Civil Veterinary Department Bihar & Orissa reports 1929-36 - 1929-1936
Year: 1929
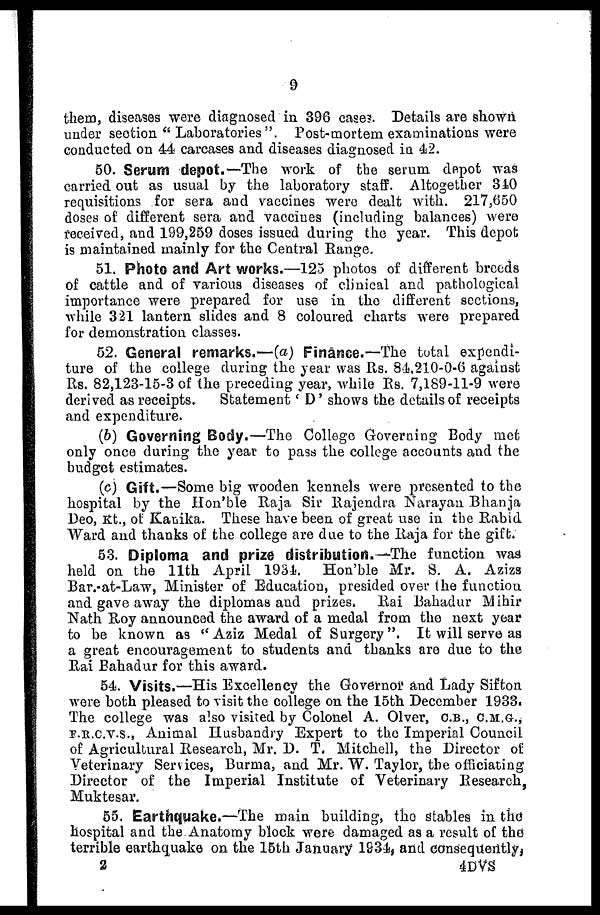
9
them, diseases were diagnosed in 396 cases. Details are shown
under section "Laboratories". Post-mortem examinations were
conducted on 44 carcases and diseases diagnosed in 42.
50. Serum depot.—The work of the serum depot was
carried out as usual by the laboratory staff. Altogether 340
requisitions for sera and vaccines were dealt with. 217,650
doses of different sera and vaccines (including balances) were
received, and 199,259 doses issued during the year. This depot
is maintained mainly for the Central Range.
51. Photo and Art works.—125 photos of different breeds
of cattle and of various diseases of clinical and pathological
importance were prepared for use in the different sections,
while 321 lantern slides and 8 coloured charts were prepared
for demonstration classes.
52. General remarks.—(a) Finance.—The total expendi-
ture of the college during the year was Rs. 84,210-0-6 against
Rs. 82,123-15-3 of the preceding year, while Rs. 7,189-11-9 were
derived as receipts.
Statement 'D' shows the details of receipts
and expenditure.
(b) Governing Body.—The College Governing Body met
only once during the year to pass the college accounts and the
budget estimates.
(c) Gift.—Some big wooden kennels were presented to the
hospital by the Hon'ble Raja Sir Rajendra Narayan Bhanja
Deo, Kt., of Kanika. These have been of great use in the Rabid
Ward and thanks of the college are due to the Raja for the gift.
53. Diploma and prize distribution.—The function was
held on the 11th April 1934. Hon'ble Mr. S. A. Azizs
Barrat-Law, Minister of Education, presided over the function
and gave away the diplomas and prizes, Rai Bahadur Mihir
Nath Roy announced the award of a medal from the next year
to be known as "Aziz Medal of Surgery". It will serve as
a great encouragement to students and thanks are due to the
Rai Bahadur for this award.
54. Visits.—His Excellency the Governor and Lady Sifton
were both pleased to visit the college on the 15th December 1933.
The college was also visited by Colonel A. Olver, C.B., C.M.G.,
F.R.C.V.S., Animal Husbandry Expert to the Imperial Council
of Agricultural Research, Mr. D. T. Mitchell, the Director of
Veterinary Services, Burma, and Mr. W. Taylor, the officiating
Director of the Imperial Institute of Veterinary Research,
Muktesar.
55. Earthquake.—The main building, the stables in the
hospital and the Anatomy block were damaged as a result of the
terrible earthquake on the 15th January 1934, and consequently,
2
4DVS